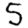
Digit: 5